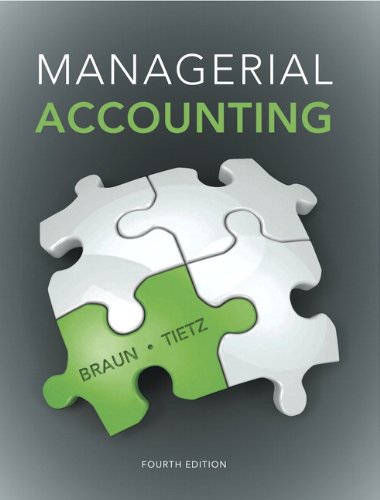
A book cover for Managerial Accounting Plus NEW MyAccountingLab with Pearson eText -- Access Card Package (4th Edition); Karen W. Braun; Business & Money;